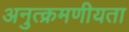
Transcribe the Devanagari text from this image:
अनुत्क्रमणीयता